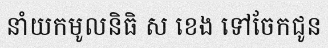
នាំយកមូលនិធិ ស ខេង ទៅចែកជូន